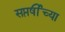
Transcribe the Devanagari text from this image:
सप्तर्षींच्या